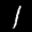
Label: 1